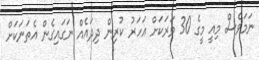
ނަމަވެސް މިއީ މީގެ 30 ވަރަކަށް އަހަރު ކުރިން ދިދައެއް ނަގައިގެން އެތަނަކަށް